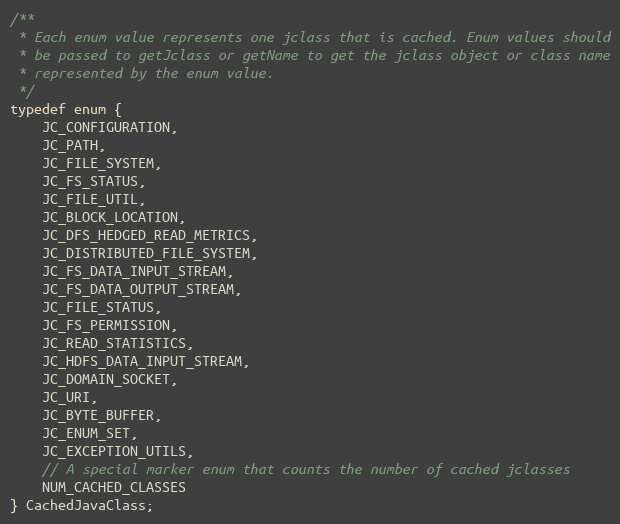
Language: C
/**
 * Each enum value represents one jclass that is cached. Enum values should
 * be passed to getJclass or getName to get the jclass object or class name
 * represented by the enum value.
 */
typedef enum {
    JC_CONFIGURATION,
    JC_PATH,
    JC_FILE_SYSTEM,
    JC_FS_STATUS,
    JC_FILE_UTIL,
    JC_BLOCK_LOCATION,
    JC_DFS_HEDGED_READ_METRICS,
    JC_DISTRIBUTED_FILE_SYSTEM,
    JC_FS_DATA_INPUT_STREAM,
    JC_FS_DATA_OUTPUT_STREAM,
    JC_FILE_STATUS,
    JC_FS_PERMISSION,
    JC_READ_STATISTICS,
    JC_HDFS_DATA_INPUT_STREAM,
    JC_DOMAIN_SOCKET,
    JC_URI,
    JC_BYTE_BUFFER,
    JC_ENUM_SET,
    JC_EXCEPTION_UTILS,
    // A special marker enum that counts the number of cached jclasses
    NUM_CACHED_CLASSES
} CachedJavaClass;